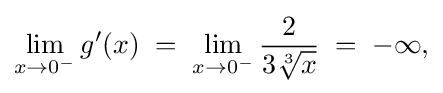
\lim _{x\to 0^{-}}g'(x)\;=\;\lim _{x\to 0^{-}}{\frac {2}{3{\sqrt[{3}]{x}}}}\;=\;{-\infty }{\text{,}}